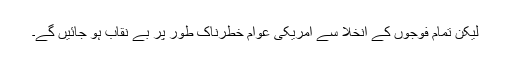
لیکن تمام فوجوں کے انخلا سے امریکی عوام خطرناک طور پر بے نقاب ہو جائیں گے۔